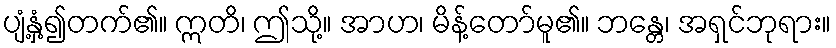
ပျံ့နှံ့၍တက်၏။ ဣတိ၊ ဤသို့။ အာဟ၊ မိန့်တော်မူ၏။ ဘန္တေ၊ အရှင်ဘုရား။